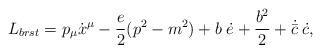
\begin{align*}L_{brst} = p_{\mu} \dot x^{\mu} - \frac{e}{2} (p^2 - m^2) + b \;\dot e+ \frac{b^2}{2} + \dot {\bar c}\; \dot c,\end{align*}